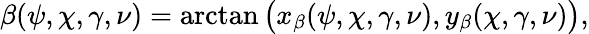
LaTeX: \beta(\psi,\chi,\gamma,\nu)=\arctan\big(x_{\beta}(\psi,\chi,\gamma,\nu),y_{\beta}(\chi,\gamma,\nu)\big),